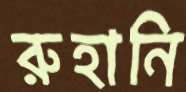
রুহানি